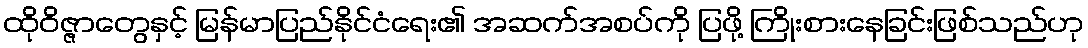
ထိုဝိဇ္ဇာတွေနှင့် မြန်မာပြည်နိုင်ငံရေး၏ အဆက်အစပ်ကို ပြဖို့ ကြိုးစားနေခြင်းဖြစ်သည်ဟု